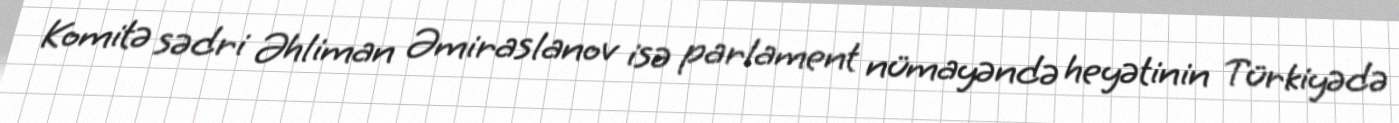
Komitə sədri Əhliman Əmiraslanov isə parlament nümayəndə heyətinin Türkiyədə